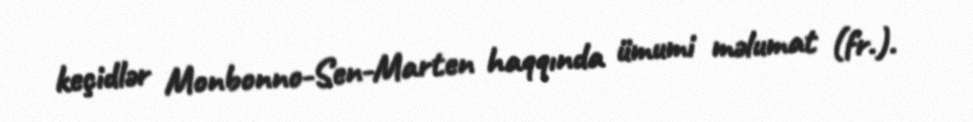
keçidlər Monbonno-Sen-Marten haqqında ümumi məlumat (fr.).